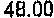
48.00